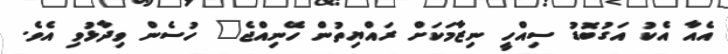
އެއާ އެކު އަގުބޮޑު ސިއްހީ ނިޒާމަކަށް ރައްޔިތުން ހޭނިއްޖެ" ހުސެން ވިދާޅުވި އެވެ.